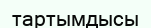
тартымдысы